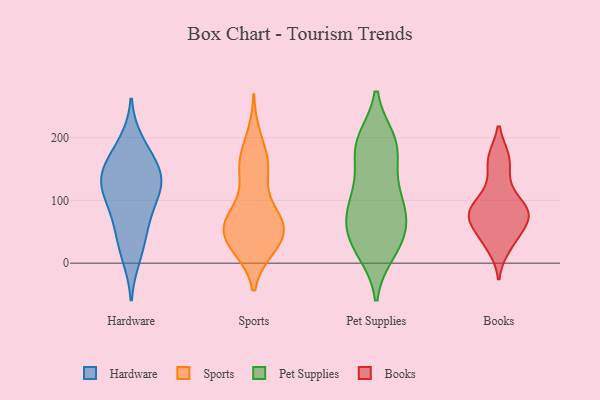
{"axis": {"x": "Revenue (USD Million)", "y": "Value"}, "legend": ["Books", "Hardware", "Pet Supplies", "Sports"], "data": [{"x": "", "y": 142, "type": "Hardware"}, {"x": "", "y": 69, "type": "Hardware"}, {"x": "", "y": 11, "type": "Hardware"}, {"x": "", "y": 74, "type": "Hardware"}, {"x": "", "y": 34, "type": "Hardware"}, {"x": "", "y": 115, "type": "Hardware"}, {"x": "", "y": 192, "type": "Hardware"}, {"x": "", "y": 122, "type": "Hardware"}, {"x": "", "y": 118, "type": "Hardware"}, {"x": "", "y": 133, "type": "Hardware"}, {"x": "", "y": 169, "type": "Hardware"}, {"x": "", "y": 154, "type": "Hardware"}, {"x": "", "y": 50, "type": "Sports"}, {"x": "", "y": 71, "type": "Sports"}, {"x": "", "y": 150, "type": "Sports"}, {"x": "", "y": 76, "type": "Sports"}, {"x": "", "y": 38, "type": "Sports"}, {"x": "", "y": 27, "type": "Sports"}, {"x": "", "y": 148, "type": "Sports"}, {"x": "", "y": 70, "type": "Sports"}, {"x": "", "y": 163, "type": "Sports"}, {"x": "", "y": 67, "type": "Sports"}, {"x": "", "y": 29, "type": "Sports"}, {"x": "", "y": 154, "type": "Sports"}, {"x": "", "y": 26, "type": "Sports"}, {"x": "", "y": 65, "type": "Sports"}, {"x": "", "y": 49, "type": "Sports"}, {"x": "", "y": 200, "type": "Sports"}, {"x": "", "y": 19, "type": "Pet Supplies"}, {"x": "", "y": 34, "type": "Pet Supplies"}, {"x": "", "y": 33, "type": "Pet Supplies"}, {"x": "", "y": 28, "type": "Pet Supplies"}, {"x": "", "y": 92, "type": "Pet Supplies"}, {"x": "", "y": 195, "type": "Pet Supplies"}, {"x": "", "y": 65, "type": "Pet Supplies"}, {"x": "", "y": 80, "type": "Pet Supplies"}, {"x": "", "y": 116, "type": "Pet Supplies"}, {"x": "", "y": 123, "type": "Pet Supplies"}, {"x": "", "y": 183, "type": "Pet Supplies"}, {"x": "", "y": 194, "type": "Pet Supplies"}, {"x": "", "y": 63, "type": "Pet Supplies"}, {"x": "", "y": 85, "type": "Pet Supplies"}, {"x": "", "y": 174, "type": "Pet Supplies"}, {"x": "", "y": 187, "type": "Pet Supplies"}, {"x": "", "y": 166, "type": "Books"}, {"x": "", "y": 55, "type": "Books"}, {"x": "", "y": 75, "type": "Books"}, {"x": "", "y": 166, "type": "Books"}, {"x": "", "y": 122, "type": "Books"}, {"x": "", "y": 41, "type": "Books"}, {"x": "", "y": 26, "type": "Books"}, {"x": "", "y": 81, "type": "Books"}, {"x": "", "y": 80, "type": "Books"}, {"x": "", "y": 86, "type": "Books"}, {"x": "", "y": 84, "type": "Books"}]}